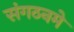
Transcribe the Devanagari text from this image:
संगठनमे